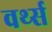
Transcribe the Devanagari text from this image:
वर्थ्स